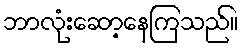
ဘာလုံးဆော့နေကြသည်။